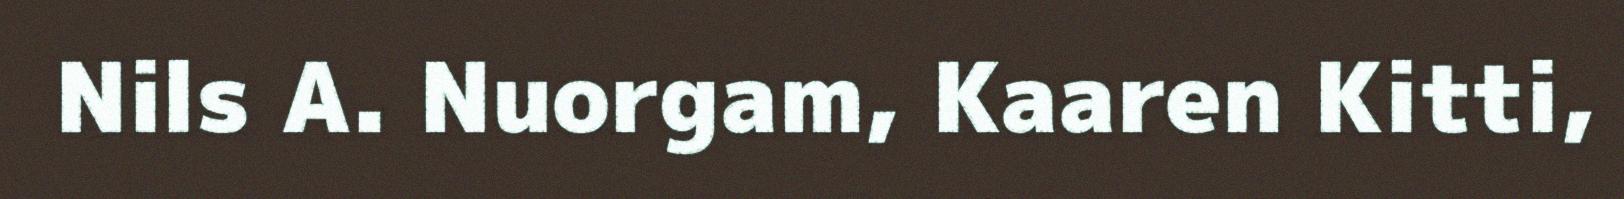
Nils A. Nuorgam, Kaaren Kitti,